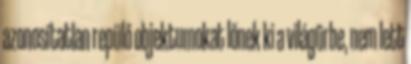
azonosítatlan repülő objektumokat lőnek ki a világűrbe, nem lett